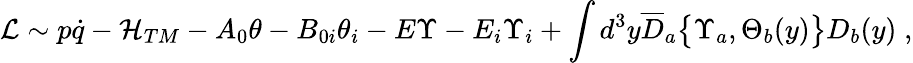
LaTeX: {\cal L}\sim p\dot{q}-{\cal H}_{TM}-A_{0}\theta-B_{0i}\theta_{i}-E\Upsilon-E_{i}\Upsilon_{i}+\int d^{3}y{\overline{{D}}}_{a}\bigl\{ \Upsilon_{a},\Theta_{b}(y)\bigl\} D_{b}(y)\; ,